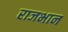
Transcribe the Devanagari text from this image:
राजभान